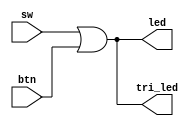
// This program was cloned from: https://github.com/lastweek/fpga_readings
// License: Apache License 2.0

/*
 * Hello world of this arty-a7 board: a simple LED program, whenever you change
 * the switch or push the button, several LEDs will be illuminated.
 *
 * The actual mapping between the led/tri_led and the on-board LED is
 * described by the constraint file. Interesting.
 */
module led(input [3:0]sw, input [3:0]btn,
	   output [3:0]led, output [3:0]tri_led);

	assign led = sw | btn;
	assign tri_led = sw | btn;
endmodule